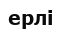
ерлі